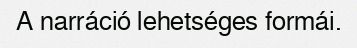
A narráció lehetséges formái.